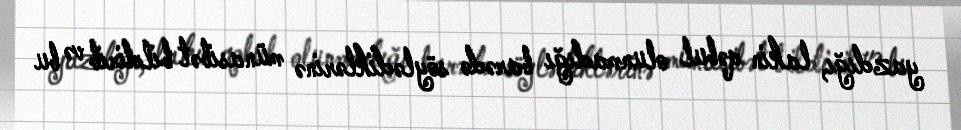
yazdığı, lakin qəbul olunmadığı barədə söylədiklərinə münasibət bildirib və bu